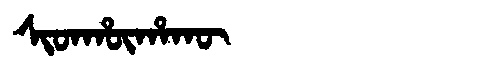
Manchu: ᠰᡳᡨᡥᡡᡥᠠᡴᡡ
Romanization: SITHŪHAKŪ